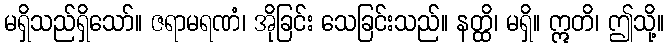
မရှိသည်ရှိသော်။ ဇရာမရဏံ၊ အိုခြင်း သေခြင်းသည်။ နတ္ထိ၊ မရှိ။ ဣတိ၊ ဤသို့။